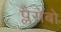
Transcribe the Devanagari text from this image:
प्लैसेबो